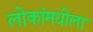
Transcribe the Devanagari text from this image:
लोकांमधीला